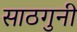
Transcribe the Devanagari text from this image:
साठगुनी